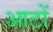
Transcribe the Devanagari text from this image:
आटों